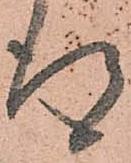
得